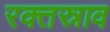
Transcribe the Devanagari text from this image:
रक्‍तस्राव